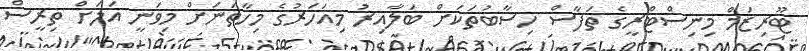
ޓޫރިޒަމް މިނިސްޓްރީގެ ތަފާސް ހިސާބުތަކަށް ބަލާއިރު މިއަހަރުގެ މިހާތަނަށް މިވަނީ އަލަށް ތިރީސް